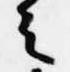
之